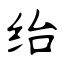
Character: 绐